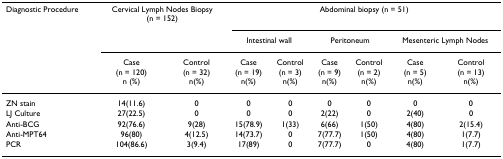
<table><thead><tr><td><b>Diagnostic Procedure</b></td><td colspan="2"><b>Cervical Lymph Nodes Biopsy (n = 152)</b></td><td colspan="6"><b>Abdominal biopsy (n = 51)</b></td></tr><tr><td></td><td></td><td></td><td colspan="2"><b>Intestinal wall</b></td><td colspan="2"><b>Peritoneum</b></td><td colspan="2"><b>Mesenteric Lymph Nodes</b></td></tr><tr><td></td><td><b>Case (n = 120) n (%)</b></td><td><b>Control (n = 32) n(%)</b></td><td><b>Case (n = 19) n(%)</b></td><td><b>Control (n = 3) n(%)</b></td><td><b>Case (n = 9) n(%)</b></td><td><b>Control (n = 2) n(%)</b></td><td><b>Case (n = 5) n(%)</b></td><td><b>Control (n = 13) n(%)</b></td></tr></thead><tbody><tr><td>ZN stain</td><td>14(11.6)</td><td>0</td><td>0</td><td>0</td><td>0</td><td>0</td><td>0</td><td>0</td></tr><tr><td>LJ Culture</td><td>27(22.5)</td><td>0</td><td>0</td><td>0</td><td>2(22)</td><td>0</td><td>2(40)</td><td>0</td></tr><tr><td>Anti-BCG</td><td>92(76.6)</td><td>9(28)</td><td>15(78.9)</td><td>1(33)</td><td>6(66)</td><td>1(50)</td><td>4(80)</td><td>2(15.4)</td></tr><tr><td>Anti-MPT64</td><td>96(80)</td><td>4(12.5)</td><td>14(73.7)</td><td>0</td><td>7(77.7)</td><td>1(50)</td><td>4(80)</td><td>1(7.7)</td></tr><tr><td>PCR</td><td>104(86.6)</td><td>3(9.4)</td><td>17(89)</td><td>0</td><td>7(77.7)</td><td>0</td><td>4(80)</td><td>1(7.7)</td></tr></tbody></table>